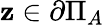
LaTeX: \mathbf{z}\in\partial\Pi_{A}